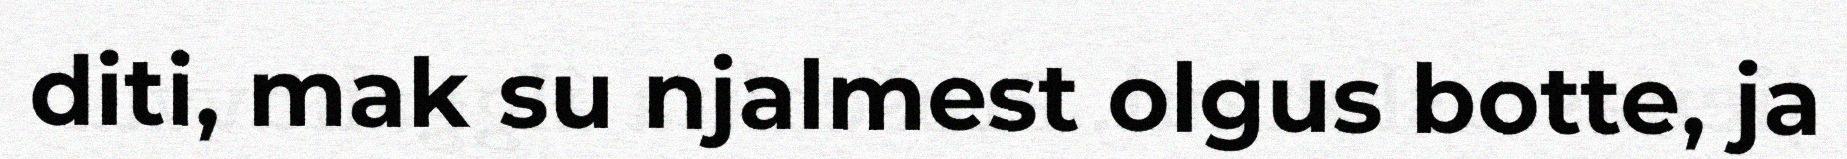
diti, mak su njalmest olgus botte, ja